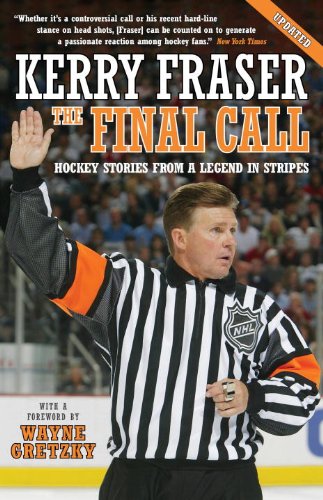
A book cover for The Final Call: Hockey Stories from a Legend in Stripes; Kerry Fraser; Biographies & Memoirs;